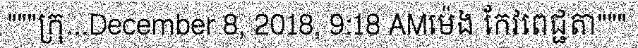
"""ក្រុ...December 8, 2018, 9:18 AMម៉េង កែវពេជ្ជតា"""